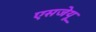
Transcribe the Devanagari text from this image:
एसजेयू